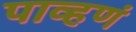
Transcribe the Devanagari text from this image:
पाव्हणं